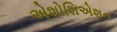
એશોશિએશન